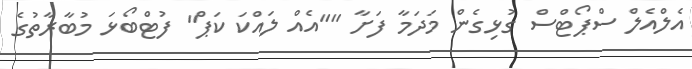
އެލްއެލް ސްޕޯޓްސް ގުޅިގެން މަދަމާ ފަށާ ""އެއް ލައްކަ ކަޕް" ފުޓްބޯޅަ މުބާރާތުގެ